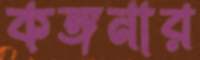
কঙ্গনার